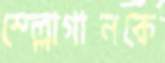
স্ল্লোগানকে